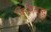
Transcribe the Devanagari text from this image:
किलेबन्द